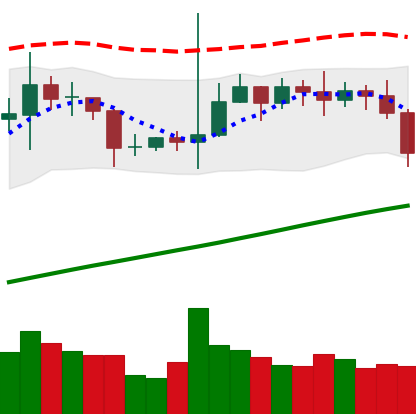
Ticker: TRX-USD
Chart end date: 2020-10-30
Forward return: -5.58%
Label: down_5_7